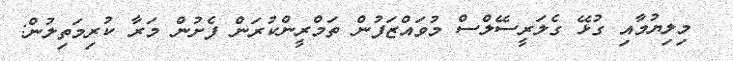
މިލިޔުމާއި ގުޅޭ ގެލަރީސޭލްސް މުވައްޒަފުން ތަމްރީންކުރަން ފެށުން މަރާ ކުރިމަތިލުން: